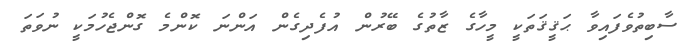
ސާބިތުވެފައިވާ ޙަޤީޤަތަކީ މީހާގެ ޒާތުގެ ބޭރުން އުފެދިގެން އަންނަ ކޮންމެ ގޮންޖެހުމަކީ ނުވަތަ